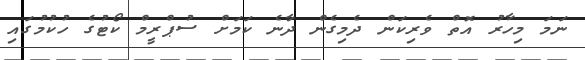
ނަމަ މިހާރު އޮތް ވެރިކަން ދެމިގެން ދާނެ ކަމަށް ސުޕްރީމް ކޯޓުގެ ހުކުމުގައި